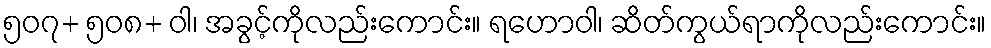
၅၀၇+ ၅၀၈+ ဝါ၊ အခွင့်ကိုလည်းကောင်း။ ရဟောဝါ၊ ဆိတ်ကွယ်ရာကိုလည်းကောင်း။